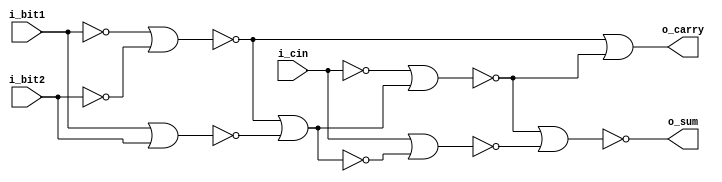
/* Generated by Yosys 0.35+29 (git sha1 2a18fe5fa, clang++  -fPIC -Os) */

(* top =  1  *)
(* src = "./full_adder.v:1.1-40.10" *)
module full_adder(i_bit1, i_bit2, i_cin, o_sum, o_carry);
  (* src = "./mycells.v:12.7-12.8" *)
  wire _00_;
  (* src = "./mycells.v:12.10-12.11" *)
  wire _01_;
  (* src = "./mycells.v:13.8-13.9" *)
  wire _02_;
  (* src = "./mycells.v:2.7-2.8" *)
  wire _03_;
  (* src = "./mycells.v:3.8-3.9" *)
  wire _04_;
  (* src = "./full_adder.v:17.11-17.22" *)
  wire _05_;
  (* src = "./full_adder.v:18.11-18.22" *)
  wire _06_;
  wire _07_;
  (* src = "./full_adder.v:14.11-14.18" *)
  wire _08_;
  (* src = "./mycells.v:13.12-13.20" *)
  wire _09_;
  (* src = "./mycells.v:13.14-13.19" *)
  wire _10_;
  (* src = "./mycells.v:3.12-3.14" *)
  wire _11_;
  (* src = "./full_adder.v:22.15-27.7|./mycells.v:3.12-3.14" *)
  wire _12_;
  (* src = "./full_adder.v:22.15-27.7|./mycells.v:2.7-2.8" *)
  wire _13_;
  (* src = "./full_adder.v:22.15-27.7|./mycells.v:3.8-3.9" *)
  wire _14_;
  (* src = "./full_adder.v:22.15-27.7|./mycells.v:3.12-3.14" *)
  wire _15_;
  (* src = "./full_adder.v:22.15-27.7|./mycells.v:2.7-2.8" *)
  wire _16_;
  (* src = "./full_adder.v:22.15-27.7|./mycells.v:3.8-3.9" *)
  wire _17_;
  (* src = "./full_adder.v:22.15-27.7|./mycells.v:13.12-13.20" *)
  wire _18_;
  (* src = "./full_adder.v:22.15-27.7|./mycells.v:13.14-13.19" *)
  wire _19_;
  (* src = "./full_adder.v:22.15-27.7|./mycells.v:12.7-12.8" *)
  wire _20_;
  (* src = "./full_adder.v:22.15-27.7|./mycells.v:12.10-12.11" *)
  wire _21_;
  (* src = "./full_adder.v:22.15-27.7|./mycells.v:13.8-13.9" *)
  wire _22_;
  (* src = "./full_adder.v:22.15-27.7|./mycells.v:13.12-13.20" *)
  wire _23_;
  (* src = "./full_adder.v:22.15-27.7|./mycells.v:13.14-13.19" *)
  wire _24_;
  (* src = "./full_adder.v:22.15-27.7|./mycells.v:12.7-12.8" *)
  wire _25_;
  (* src = "./full_adder.v:22.15-27.7|./mycells.v:12.10-12.11" *)
  wire _26_;
  (* src = "./full_adder.v:22.15-27.7|./mycells.v:13.8-13.9" *)
  wire _27_;
  (* src = "./full_adder.v:22.15-27.7|./mycells.v:13.12-13.20" *)
  wire _28_;
  (* src = "./full_adder.v:22.15-27.7|./mycells.v:13.14-13.19" *)
  wire _29_;
  (* src = "./full_adder.v:22.15-27.7|./mycells.v:12.7-12.8" *)
  wire _30_;
  (* src = "./full_adder.v:22.15-27.7|./mycells.v:12.10-12.11" *)
  wire _31_;
  (* src = "./full_adder.v:22.15-27.7|./mycells.v:13.8-13.9" *)
  wire _32_;
  (* src = "./full_adder.v:22.15-27.7|./half-adder.v:11.10-11.16" *)
  wire _33_;
  (* src = "./full_adder.v:22.15-27.7|./half-adder.v:12.10-12.16" *)
  wire _34_;
  wire _35_;
  wire _36_;
  wire _37_;
  (* src = "./full_adder.v:22.15-27.7|./half-adder.v:14.10-14.17" *)
  wire _38_;
  (* src = "./full_adder.v:22.15-27.7|./half-adder.v:13.10-13.15" *)
  wire _39_;
  (* src = "./full_adder.v:28.15-33.7|./mycells.v:3.12-3.14" *)
  wire _40_;
  (* src = "./full_adder.v:28.15-33.7|./mycells.v:2.7-2.8" *)
  wire _41_;
  (* src = "./full_adder.v:28.15-33.7|./mycells.v:3.8-3.9" *)
  wire _42_;
  (* src = "./full_adder.v:28.15-33.7|./mycells.v:3.12-3.14" *)
  wire _43_;
  (* src = "./full_adder.v:28.15-33.7|./mycells.v:2.7-2.8" *)
  wire _44_;
  (* src = "./full_adder.v:28.15-33.7|./mycells.v:3.8-3.9" *)
  wire _45_;
  (* src = "./full_adder.v:28.15-33.7|./mycells.v:13.12-13.20" *)
  wire _46_;
  (* src = "./full_adder.v:28.15-33.7|./mycells.v:13.14-13.19" *)
  wire _47_;
  (* src = "./full_adder.v:28.15-33.7|./mycells.v:12.7-12.8" *)
  wire _48_;
  (* src = "./full_adder.v:28.15-33.7|./mycells.v:12.10-12.11" *)
  wire _49_;
  (* src = "./full_adder.v:28.15-33.7|./mycells.v:13.8-13.9" *)
  wire _50_;
  (* src = "./full_adder.v:28.15-33.7|./mycells.v:13.12-13.20" *)
  wire _51_;
  (* src = "./full_adder.v:28.15-33.7|./mycells.v:13.14-13.19" *)
  wire _52_;
  (* src = "./full_adder.v:28.15-33.7|./mycells.v:12.7-12.8" *)
  wire _53_;
  (* src = "./full_adder.v:28.15-33.7|./mycells.v:12.10-12.11" *)
  wire _54_;
  (* src = "./full_adder.v:28.15-33.7|./mycells.v:13.8-13.9" *)
  wire _55_;
  (* src = "./full_adder.v:28.15-33.7|./mycells.v:13.12-13.20" *)
  wire _56_;
  (* src = "./full_adder.v:28.15-33.7|./mycells.v:13.14-13.19" *)
  wire _57_;
  (* src = "./full_adder.v:28.15-33.7|./mycells.v:12.7-12.8" *)
  wire _58_;
  (* src = "./full_adder.v:28.15-33.7|./mycells.v:12.10-12.11" *)
  wire _59_;
  (* src = "./full_adder.v:28.15-33.7|./mycells.v:13.8-13.9" *)
  wire _60_;
  (* src = "./full_adder.v:28.15-33.7|./half-adder.v:11.10-11.16" *)
  wire _61_;
  (* src = "./full_adder.v:28.15-33.7|./half-adder.v:12.10-12.16" *)
  wire _62_;
  wire _63_;
  wire _64_;
  wire _65_;
  (* src = "./full_adder.v:28.15-33.7|./half-adder.v:14.10-14.17" *)
  wire _66_;
  (* src = "./full_adder.v:28.15-33.7|./half-adder.v:13.10-13.15" *)
  wire _67_;
  (* hdlname = "half_adder1 i_bit1" *)
  (* src = "./full_adder.v:22.15-27.7|./half-adder.v:11.10-11.16" *)
  wire \half_adder1.i_bit1 ;
  (* hdlname = "half_adder1 i_bit2" *)
  (* src = "./full_adder.v:22.15-27.7|./half-adder.v:12.10-12.16" *)
  wire \half_adder1.i_bit2 ;
  (* hdlname = "half_adder1 o_carry" *)
  (* src = "./full_adder.v:22.15-27.7|./half-adder.v:14.10-14.17" *)
  wire \half_adder1.o_carry ;
  (* hdlname = "half_adder1 o_sum" *)
  (* src = "./full_adder.v:22.15-27.7|./half-adder.v:13.10-13.15" *)
  wire \half_adder1.o_sum ;
  (* hdlname = "half_adder2 i_bit1" *)
  (* src = "./full_adder.v:28.15-33.7|./half-adder.v:11.10-11.16" *)
  wire \half_adder2.i_bit1 ;
  (* hdlname = "half_adder2 i_bit2" *)
  (* src = "./full_adder.v:28.15-33.7|./half-adder.v:12.10-12.16" *)
  wire \half_adder2.i_bit2 ;
  (* hdlname = "half_adder2 o_carry" *)
  (* src = "./full_adder.v:28.15-33.7|./half-adder.v:14.10-14.17" *)
  wire \half_adder2.o_carry ;
  (* hdlname = "half_adder2 o_sum" *)
  (* src = "./full_adder.v:28.15-33.7|./half-adder.v:13.10-13.15" *)
  wire \half_adder2.o_sum ;
  (* src = "./full_adder.v:17.11-17.22" *)
  wire half_carry1;
  (* src = "./full_adder.v:18.11-18.22" *)
  wire half_carry2;
  (* src = "./full_adder.v:16.11-16.20" *)
  wire half_sum1;
  (* src = "./full_adder.v:10.11-10.17" *)
  input i_bit1;
  wire i_bit1;
  (* src = "./full_adder.v:11.11-11.17" *)
  input i_bit2;
  wire i_bit2;
  (* src = "./full_adder.v:12.11-12.16" *)
  input i_cin;
  wire i_cin;
  (* src = "./full_adder.v:14.11-14.18" *)
  output o_carry;
  wire o_carry;
  (* src = "./full_adder.v:13.11-13.16" *)
  output o_sum;
  wire o_sum;
  assign _09_ = ~ (* src = "./mycells.v:13.12-13.20" *) _10_;
  assign _10_ = _00_ | (* src = "./mycells.v:13.14-13.19" *) _01_;
  assign _11_ = ~ (* src = "./mycells.v:3.12-3.14" *) _03_;
  assign _12_ = ~ (* src = "./full_adder.v:22.15-27.7|./mycells.v:3.12-3.14" *) _13_;
  assign _15_ = ~ (* src = "./full_adder.v:22.15-27.7|./mycells.v:3.12-3.14" *) _16_;
  assign _18_ = ~ (* src = "./full_adder.v:22.15-27.7|./mycells.v:13.12-13.20" *) _19_;
  assign _19_ = _20_ | (* src = "./full_adder.v:22.15-27.7|./mycells.v:13.14-13.19" *) _21_;
  assign _23_ = ~ (* src = "./full_adder.v:22.15-27.7|./mycells.v:13.12-13.20" *) _24_;
  assign _24_ = _25_ | (* src = "./full_adder.v:22.15-27.7|./mycells.v:13.14-13.19" *) _26_;
  assign _28_ = ~ (* src = "./full_adder.v:22.15-27.7|./mycells.v:13.12-13.20" *) _29_;
  assign _29_ = _30_ | (* src = "./full_adder.v:22.15-27.7|./mycells.v:13.14-13.19" *) _31_;
  assign _40_ = ~ (* src = "./full_adder.v:28.15-33.7|./mycells.v:3.12-3.14" *) _41_;
  assign _43_ = ~ (* src = "./full_adder.v:28.15-33.7|./mycells.v:3.12-3.14" *) _44_;
  assign _46_ = ~ (* src = "./full_adder.v:28.15-33.7|./mycells.v:13.12-13.20" *) _47_;
  assign _47_ = _48_ | (* src = "./full_adder.v:28.15-33.7|./mycells.v:13.14-13.19" *) _49_;
  assign _51_ = ~ (* src = "./full_adder.v:28.15-33.7|./mycells.v:13.12-13.20" *) _52_;
  assign _52_ = _53_ | (* src = "./full_adder.v:28.15-33.7|./mycells.v:13.14-13.19" *) _54_;
  assign _56_ = ~ (* src = "./full_adder.v:28.15-33.7|./mycells.v:13.12-13.20" *) _57_;
  assign _57_ = _58_ | (* src = "./full_adder.v:28.15-33.7|./mycells.v:13.14-13.19" *) _59_;
  assign _05_ = half_carry1;
  assign _06_ = half_carry2;
  assign o_carry = _08_;
  assign _61_ = \half_adder2.i_bit1 ;
  assign _62_ = \half_adder2.i_bit2 ;
  assign \half_adder2.o_carry  = _66_;
  assign \half_adder2.o_sum  = _67_;
  assign _60_ = _56_;
  assign _58_ = _66_;
  assign _59_ = _65_;
  assign _67_ = _60_;
  assign _55_ = _51_;
  assign _53_ = _61_;
  assign _54_ = _62_;
  assign _65_ = _55_;
  assign _50_ = _46_;
  assign _48_ = _63_;
  assign _49_ = _64_;
  assign _66_ = _50_;
  assign _45_ = _43_;
  assign _44_ = _62_;
  assign _64_ = _45_;
  assign _42_ = _40_;
  assign _41_ = _61_;
  assign _63_ = _42_;
  assign \half_adder2.i_bit1  = i_cin;
  assign \half_adder2.i_bit2  = half_sum1;
  assign half_carry2 = \half_adder2.o_carry ;
  assign o_sum = \half_adder2.o_sum ;
  assign _33_ = \half_adder1.i_bit1 ;
  assign _34_ = \half_adder1.i_bit2 ;
  assign \half_adder1.o_carry  = _38_;
  assign \half_adder1.o_sum  = _39_;
  assign _32_ = _28_;
  assign _30_ = _38_;
  assign _31_ = _37_;
  assign _39_ = _32_;
  assign _27_ = _23_;
  assign _25_ = _33_;
  assign _26_ = _34_;
  assign _37_ = _27_;
  assign _22_ = _18_;
  assign _20_ = _35_;
  assign _21_ = _36_;
  assign _38_ = _22_;
  assign _17_ = _15_;
  assign _16_ = _34_;
  assign _36_ = _17_;
  assign _14_ = _12_;
  assign _13_ = _33_;
  assign _35_ = _14_;
  assign \half_adder1.i_bit1  = i_bit1;
  assign \half_adder1.i_bit2  = i_bit2;
  assign half_carry1 = \half_adder1.o_carry ;
  assign half_sum1 = \half_adder1.o_sum ;
  assign _04_ = _11_;
  assign _03_ = _07_;
  assign _08_ = _04_;
  assign _02_ = _09_;
  assign _00_ = _05_;
  assign _01_ = _06_;
  assign _07_ = _02_;
endmodule